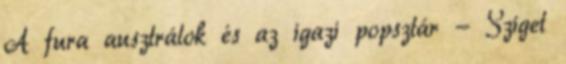
A fura ausztrálok és az igazi popsztár - Sziget